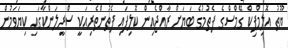
ޔޫތު އޮލިމްޕިކް ގޭމްސްގެ ފެތުމުގެ ބަޔަށް ރާއްޖެއިން ކޮލިފައި ފެތުންތެރިއަކީ ސްރީލަންކާގައި ކިޔަވަމުން